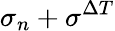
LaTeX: \sigma_{n}+\sigma^{\Delta T}